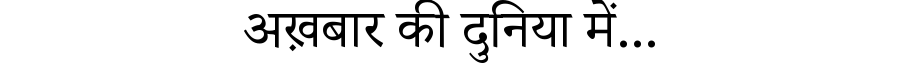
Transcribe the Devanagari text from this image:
अख़बार की दुनिया में...